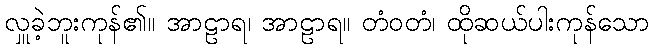
လှူခဲ့ဘူးကုန်၏။ အာဠာရ၊ အာဠာရ။ တံဝတံ၊ ထိုဆယ်ပါးကုန်သော